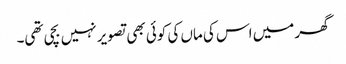
گھر میں اس کی ماں کی کوئی بھی تصویر نہیں بچی تھی۔